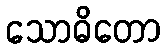
သောဓိတော